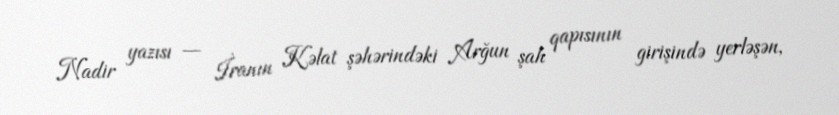
Nadir yazısı — İranın Kəlat şəhərindəki Arğun şah qapısının girişində yerləşən,